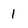
Character: 1